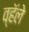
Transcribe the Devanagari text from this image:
व्हॅले